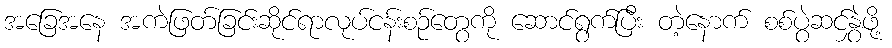
အခြေအနေ အကဲဖြတ်ခြင်းဆိုင်ရာလုပ်ငန်းစဉ်တွေကို ဆောင်ရွက်ပြီး တဲ့နောက် စစ်ပွဲဆင်နွှဲဖို့